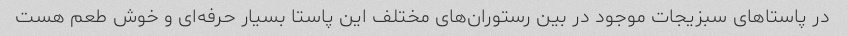
در پاستاهای سبزیجات موجود در بین رستوران‌های مختلف این پاستا بسیار حرفه‌ای و خوش طعم هست